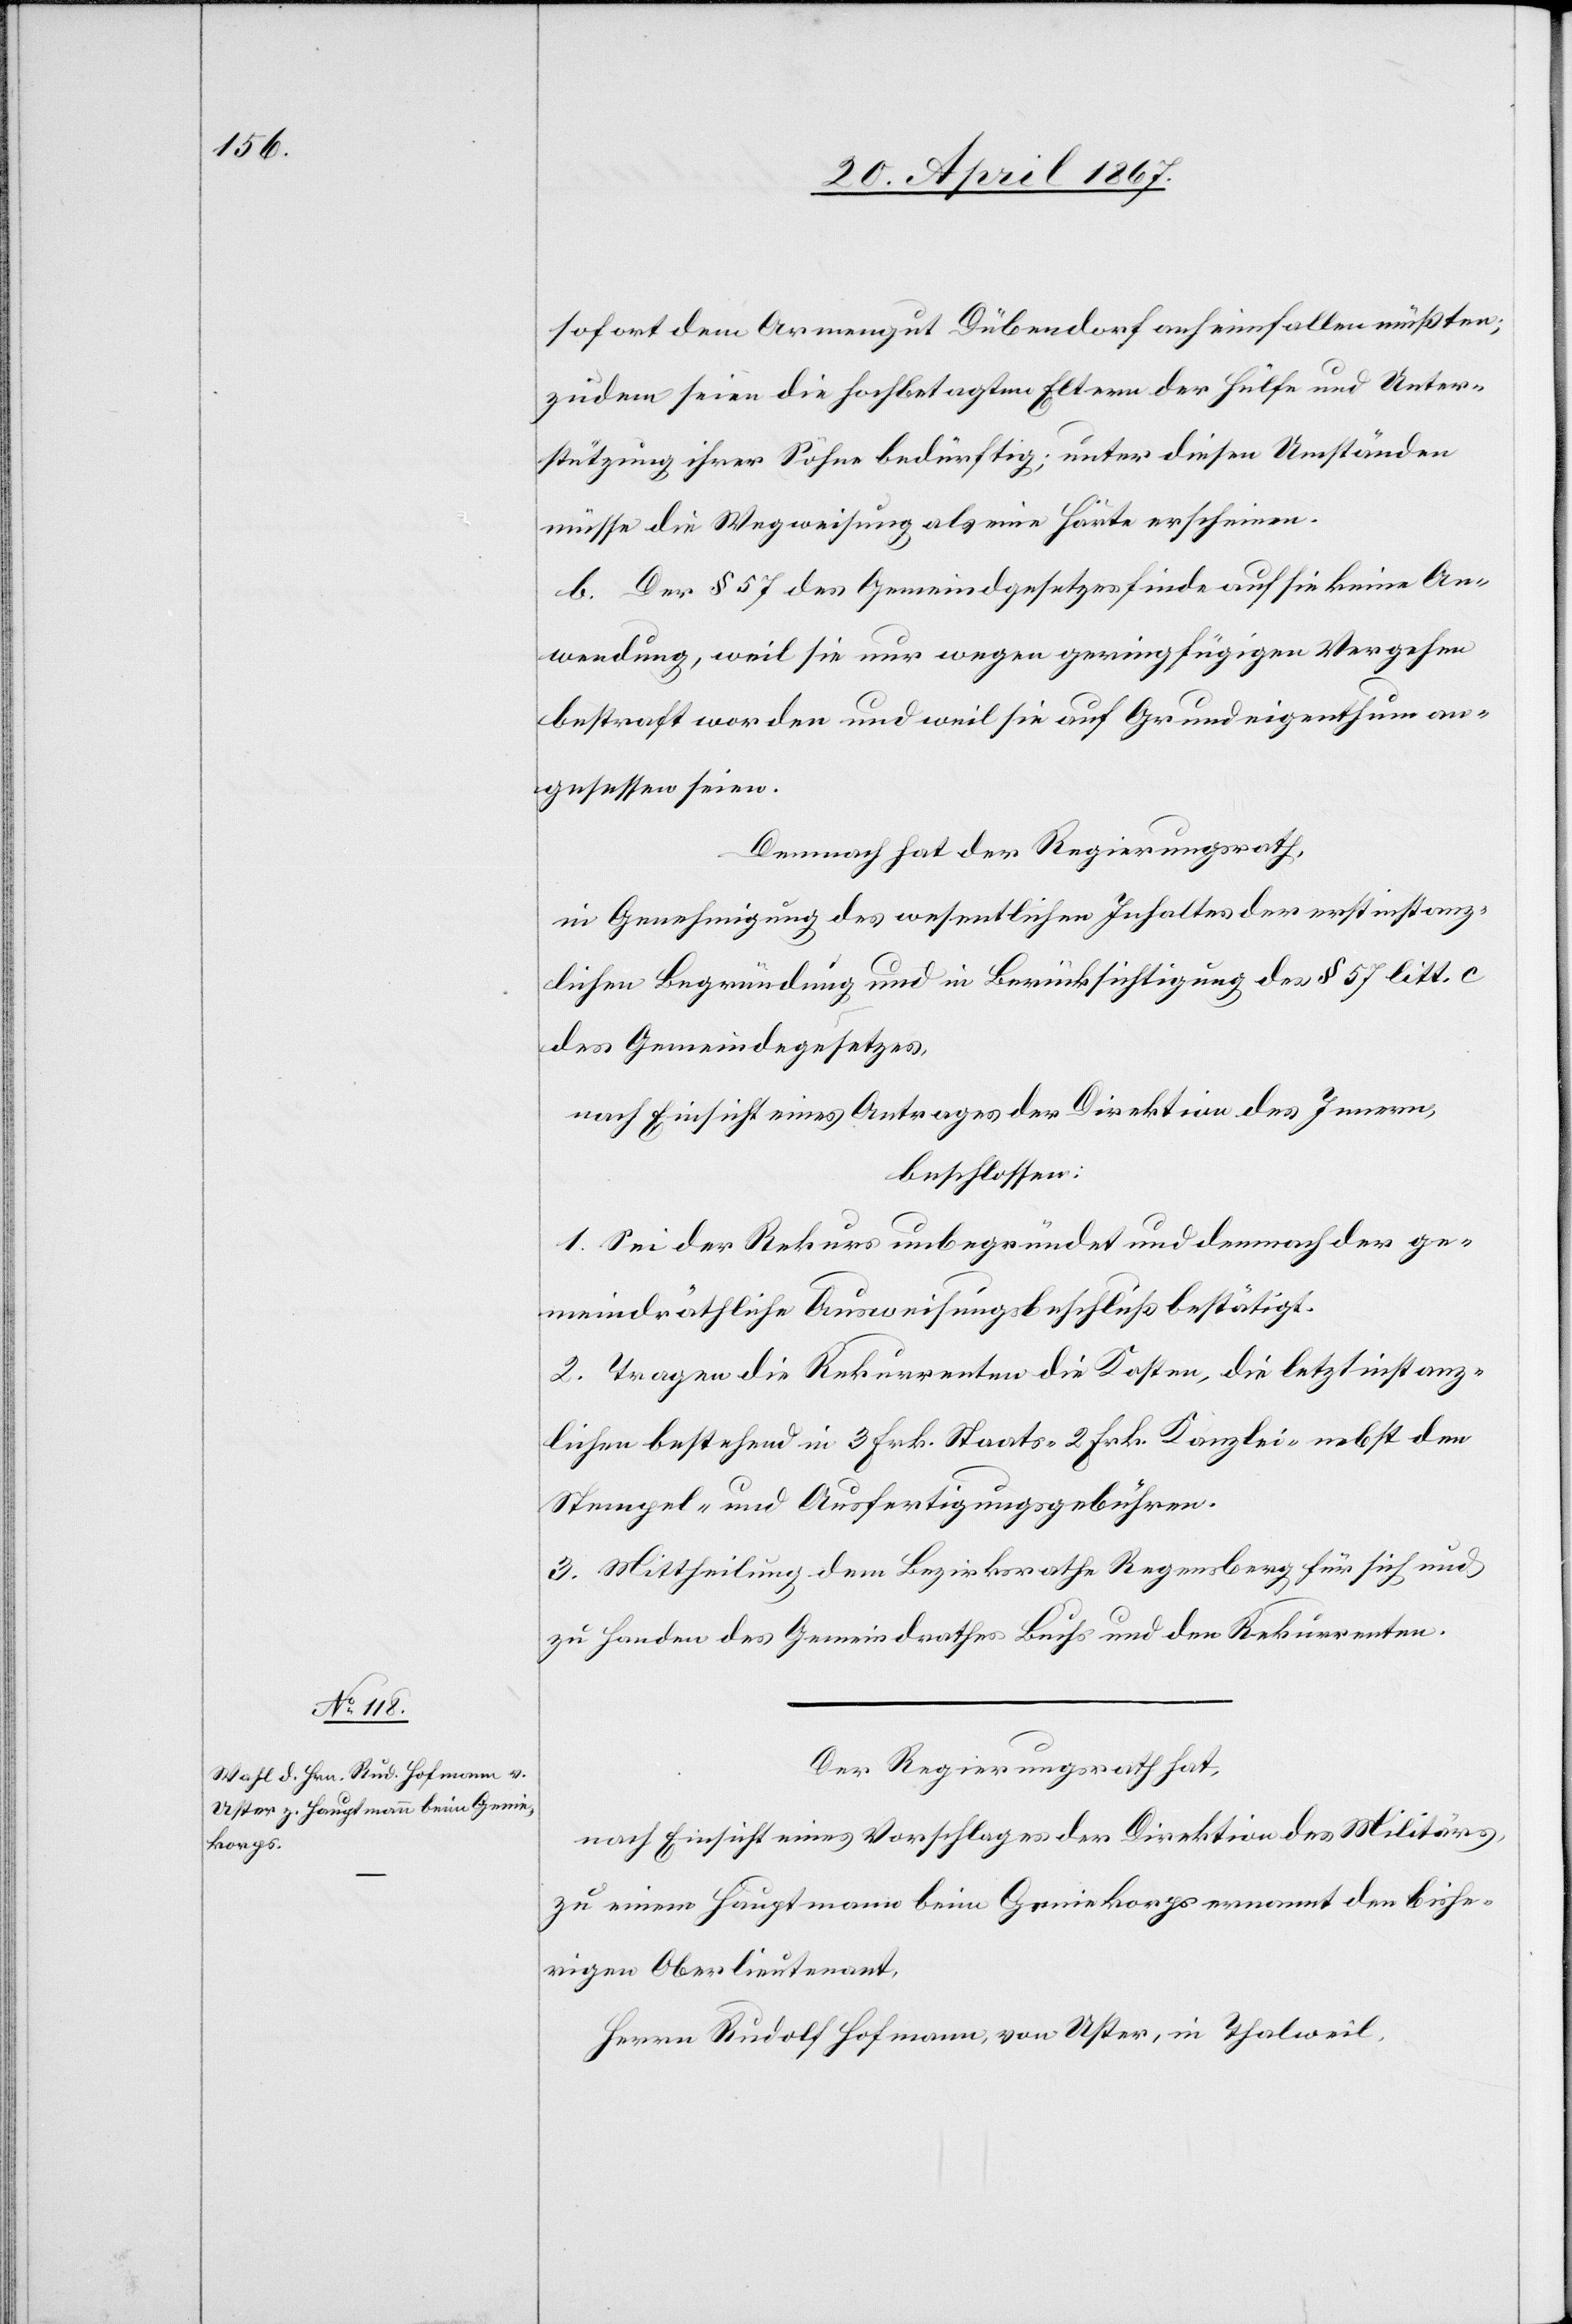
sofort dem Armengut Dübendorf anheimfallen müßten;
zudem seien die hochbetagten Eltern der Hülfe und Unter¬
stützung ihrer Söhne bedürftig; unter diesen Umständen
müsse die Wegweisung als eine Härte erscheinen.
b. Der § 57 des Gemeindgesetzes finde auf sie keine An¬
wendung, weil sie nur wegen geringfügigen Vergehen
bestraft worden und weil sie auf Grundeigenthum an¬
gesessen seien.
Demnach hat der Regierungsrath,
in Genehmigung des wesentlichen Inhaltes der erstinstanz¬
lichen Begründung und in Berücksichtigung des § 57 litt. c
des Gemeindegesetzes,
nach Einsicht eines Antrages der Direktion des Innern,
beschlossen:
1. Sei der Rekurs unbegründet und demnach der ge¬
meindräthliche Ausweisungsbeschluß bestätigt.
2. Tragen die Rekurrenten die Kosten, die letztinstanz¬
lichen bestehend in 3 Frk. Staats-[,] 2 Frk. Kanzlei- nebst den
Stempel- und Ausfertigungsgebühren.
3. Mittheilung dem Bezirksrathe Regensberg für sich und
zu Handen des Gemeindraths Buchs und den Rekurrenten.
Der Regierungsrath hat,
nach Einsicht eines Vorschlages der Direktion des Militärs,
zu einem Hauptmann beim Geniekorps ernannt den bishe¬
rigen Oberlieutenant,
Herrn Rudolf Hofmann, von Uster, in Thalweil.